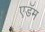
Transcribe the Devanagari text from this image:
एडॅम